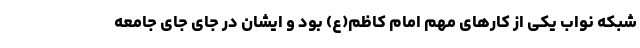
شبکه نواب یکی از کارهای مهم امام کاظم(ع) بود و ایشان در جای جای جامعه